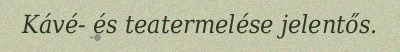
Kávé- és teatermelése jelentős.